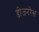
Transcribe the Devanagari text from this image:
डीजनरेस